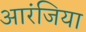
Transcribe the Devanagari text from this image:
आरंजिया